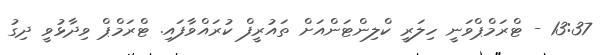
13:37 - ޓްރަމްޕްވަނީ ހިލަރީ ކްލިންޓަންއަށް ތައުރީފް ކުރައްވާފައި. ޓްރަމްޕް ވިދާޅުވީ ދިގު